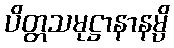
ပိတ္တသမုဋ္ဌာနာနမ္ပိ